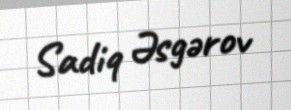
Sadiq Əsgərov